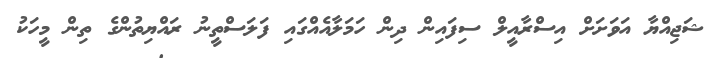
ޝަޖިއްޔާ އަވަށަށް އިސްރާއީލް ސިފައިން ދިން ހަމަލާއެއްގައި ފަލަސްތީނު ރައްޔިތުންގެ ތިން މީހަކު